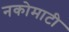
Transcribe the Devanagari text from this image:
नकोमाटी